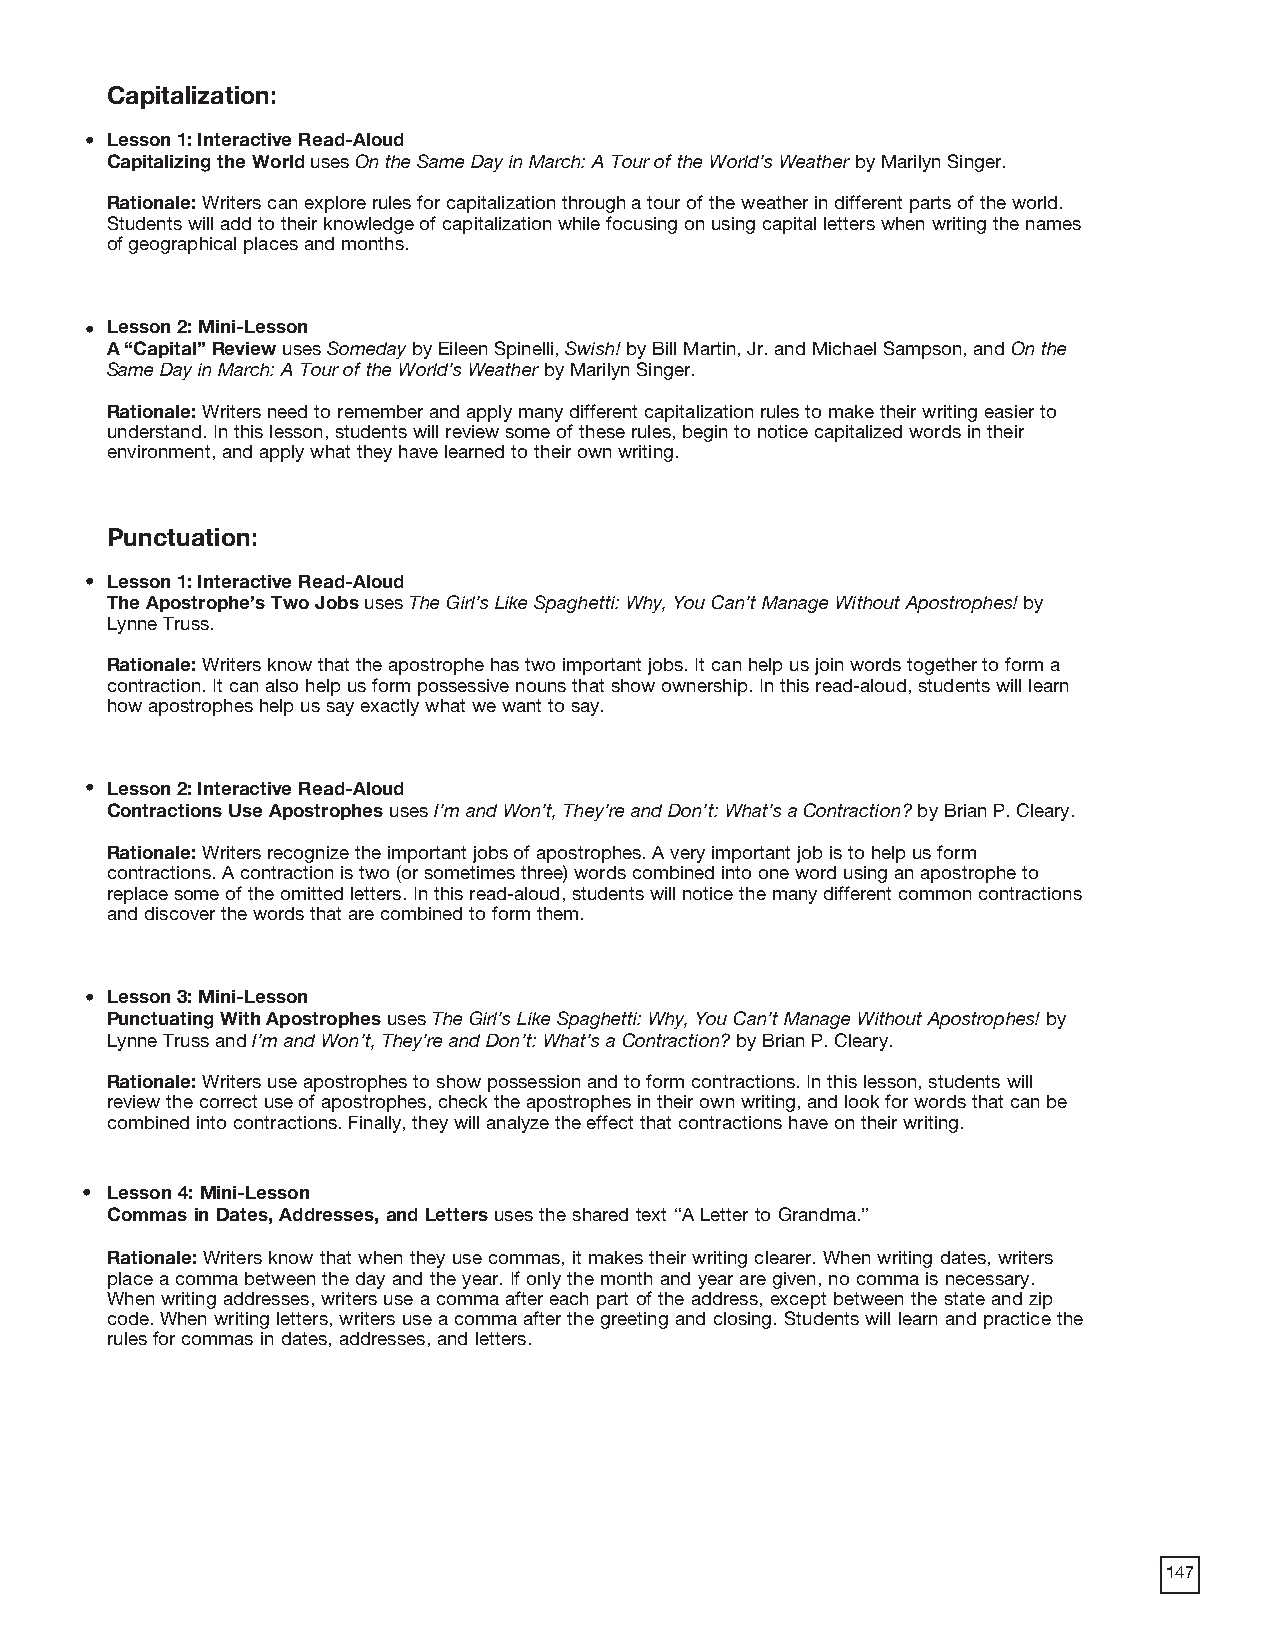
Capitalization:
 • Lesson 1: Interactive Read-Aloud
 Capitalizing the World uses On the Same Day in March: A Tour of the World’s Weather by Marilyn Singer.
 Rationale: Writers can explore rules for capitalization through a tour of the weather in different parts of the world.
 Students will add to their knowledge of capitalization while focusing on using capital letters when writing the names
 of geographical places and months.
 • Lesson 2: Mini-Lesson
 A “Capital” Review uses Someday by Eileen Spinelli, Swish! by Bill Martin, Jr. and Michael Sampson, and On the
 Same Day in March: A Tour of the World’s Weather by Marilyn Singer.
 Rationale: Writers need to remember and apply many different capitalization rules to make their writing easier to
 understand. In this lesson, students will review some of these rules, begin to notice capitalized words in their
 environment, and apply what they have learned to their own writing.
 Punctuation:
 • Lesson 1: Interactive Read-Aloud
 The Apostrophe’s Two Jobs uses The Girl’s Like Spaghetti: Why, You Can’t Manage Without Apostrophes! by
 Lynne Truss.
 Rationale: Writers know that the apostrophe has two important jobs. It can help us join words together to form a
 contraction. It can also help us form possessive nouns that show ownership. In this read-aloud, students will learn
 how apostrophes help us say exactly what we want to say.
 • Lesson 2: Interactive Read-Aloud
 Contractions Use Apostrophes uses I’m and Won’t, They’re and Don’t: What’s a Contraction? by Brian P. Cleary.
 Rationale: Writers recognize the important jobs of apostrophes. A very important job is to help us form
 contractions. A contraction is two (or sometimes three) words combined into one word using an apostrophe to
 replace some of the omitted letters. In this read-aloud, students will notice the many different common contractions
 and discover the words that are combined to form them.
 • Lesson 3: Mini-Lesson
 Punctuating With Apostrophes uses The Girl’s Like Spaghetti: Why, You Can’t Manage Without Apostrophes! by
 Lynne Truss and I’m and Won’t, They’re and Don’t: What’s a Contraction? by Brian P. Cleary.
 Rationale: Writers use apostrophes to show possession and to form contractions. In this lesson, students will
 review the correct use of apostrophes, check the apostrophes in their own writing, and look for words that can be
 combined into contractions. Finally, they will analyze the effect that contractions have on their writing.
 • Lesson 4: Mini-Lesson
 Commas in Dates, Addresses, and Letters uses the shared text “A Letter to Grandma.”
 Rationale: Writers know that when they use commas, it makes their writing clearer. When writing dates, writers
 place a comma between the day and the year. If only the month and year are given, no comma is necessary.
 When writing addresses, writers use a comma after each part of the address, except between the state and zip
 code. When writing letters, writers use a comma after the greeting and closing. Students will learn and practice the
 rules for commas in dates, addresses, and letters.
 147